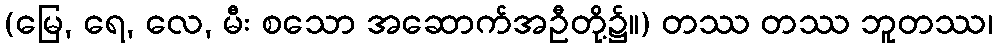
(မြေ, ရေ, လေ, မီး စသော အဆောက်အဦတို့၌။) တဿ တဿ ဘူတဿ၊